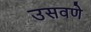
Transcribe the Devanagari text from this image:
उसवणे